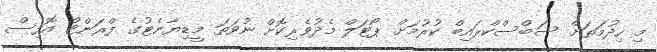
މި ހިދުމަތަށް ސަބްސްކްރައިބް ކުރުމަށް ޕޯޓަލް މެދުވެރިކޮށް ނުވަތަ މީޑިޔާނެޓުގެ ފްރަންޓް އޮފިސް